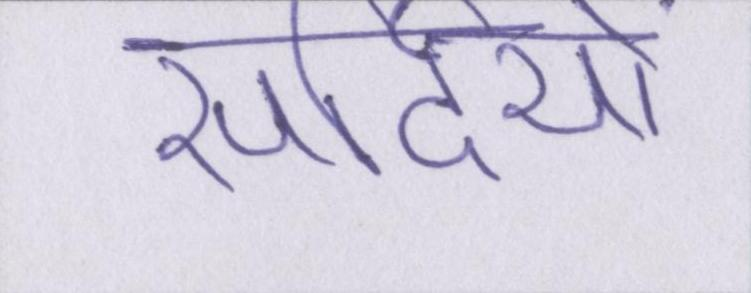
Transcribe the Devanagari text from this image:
सर्दियों